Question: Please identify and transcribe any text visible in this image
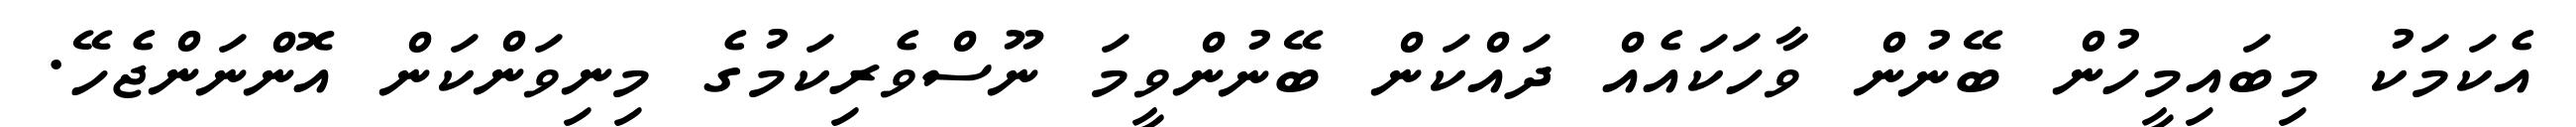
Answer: އެކަމަކު މިބައިމީހުން ބޭނުން ވާހަކައެއް ދައްކަން ބޭނުންވީމަ ނޫސްވެރިކަމުގެ މިނިވަންކަން އޮންނަންޖެހޭ.